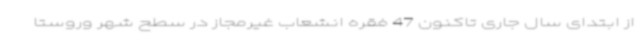
از ابتدای سال جاری تاکنون 47 فقره انشعاب غیرمجاز در سطح شهر وروستا